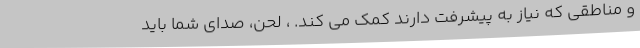
و مناطقی که نیاز به پیشرفت دارند کمک می کند. ، لحن، صدای شما باید